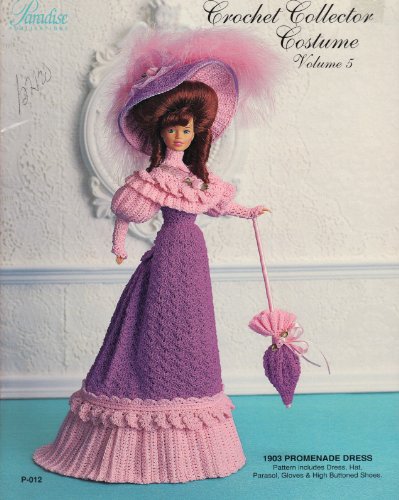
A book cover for Crochet Collector Costume (1903 Promenade Dress, Volume 5, P-012); Paradise Publications; Crafts, Hobbies & Home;